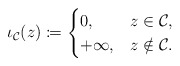
\begin{align*}\iota_\mathcal{C}(z)\coloneqq\begin{cases}0, & z\in\mathcal{C},\\+\infty, & z\notin\mathcal{C}.\end{cases}\end{align*}